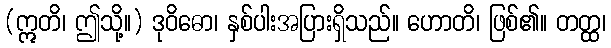
(ဣတိ၊ ဤသို့။) ဒုဝိဓော၊ နှစ်ပါးအပြားရှိသည်။ ဟောတိ၊ ဖြစ်၏။ တတ္ထ၊